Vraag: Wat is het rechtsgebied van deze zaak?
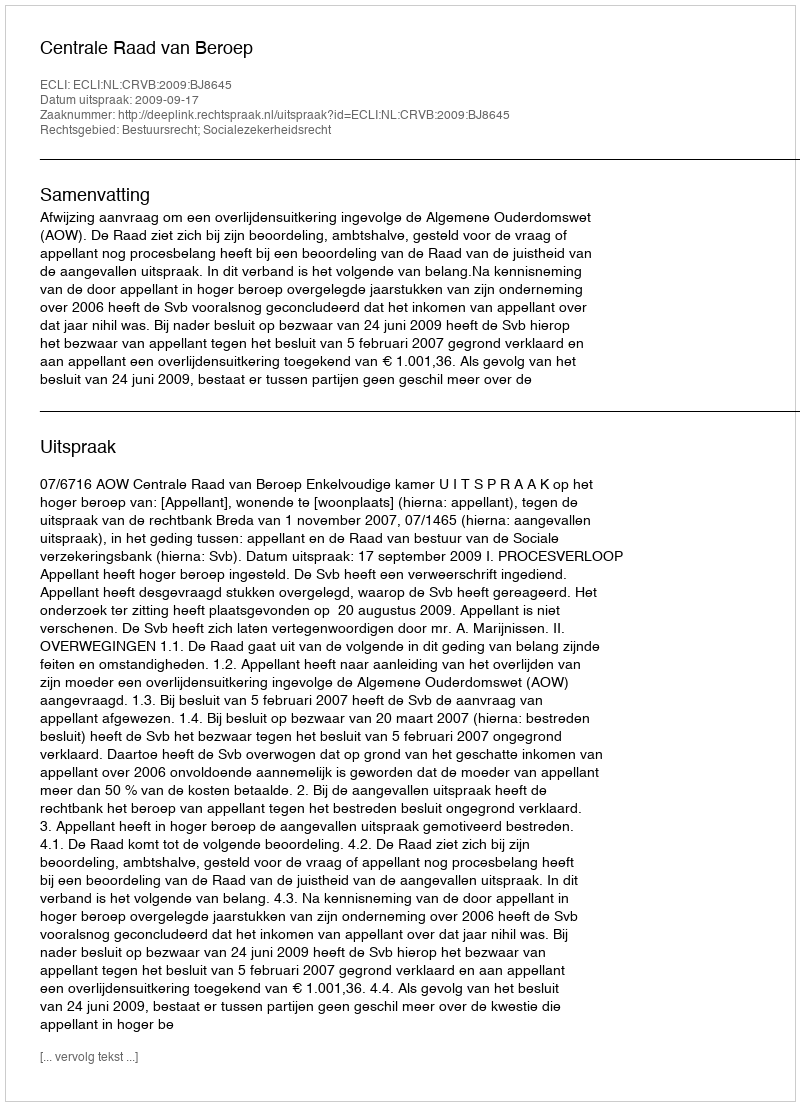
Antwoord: Bestuursrecht; Socialezekerheidsrecht